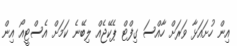
އިން ހުށައަޅާ ވަރަށް ހާއްސަ ގިފްޓް ޕެކޭޖެއް ލިބޭނެ ކަމަށް އެސްޓީއޯ އިން